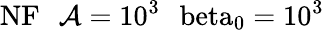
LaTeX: \mathrm{{NF}\: \: \: \mathcal{A}=10^{3}\: \: \ beta_{0}=10^{3}}